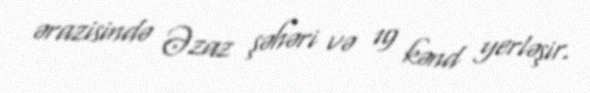
ərazisində Əzaz şəhəri və 19 kənd yerləşir.